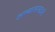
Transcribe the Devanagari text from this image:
अभ्यासगटाने